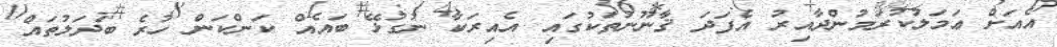
އެއަށް ޢަމަލުކުރަމުންދާއިރު އެފަދަ ޤާނޫނުތަކުގައި އެއިރަކާ ނުގުޅޭ ބައެއް ކަންކަން ހުރެ ބަދަލުތައް